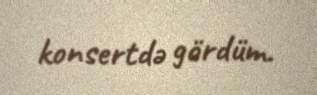
konsertdə gördüm.